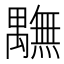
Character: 𮂭